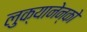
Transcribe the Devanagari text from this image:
लुक्यानेन्को